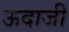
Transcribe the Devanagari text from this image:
ऊदाजी